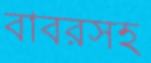
বাবরসহ